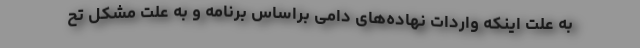
به علت اینکه واردات نهاده‌های دامی براساس برنامه و به علت مشکل تح